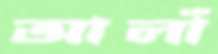
আলাঁ